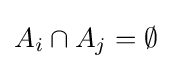
A_{i}\cap A_{j}=\emptyset